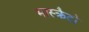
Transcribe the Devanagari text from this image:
मास्क्रैटो